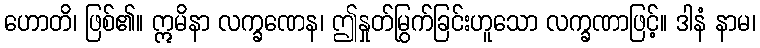
ဟောတိ၊ ဖြစ်၏။ ဣမိနာ လက္ခဏေန၊ ဤနှုတ်မြွက်ခြင်းဟူသော လက္ခဏာဖြင့်။ ဒါနံ နာမ၊